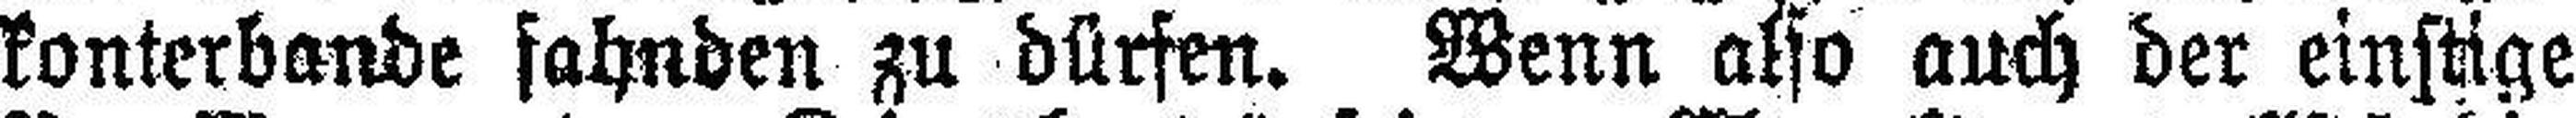
konterbande fahnden zu dürfen. Wenn also auch der einstige